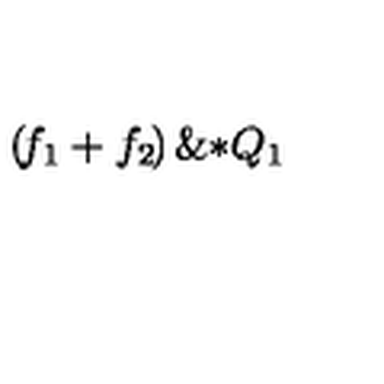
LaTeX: \left( \! { { f } _ { 1 } } + { { f } _ { 2 } } \! \right) \mathrm { \& * } { { Q } _ { 1 } }